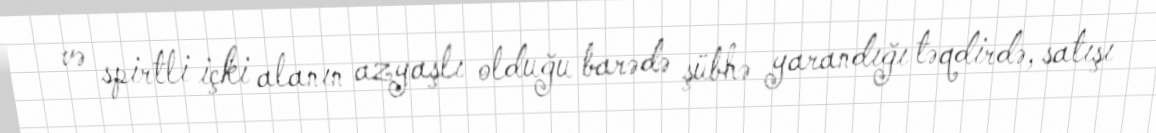
və spirtli içki alanın azyaşlı olduğu barədə şübhə yarandığı təqdirdə, satışı